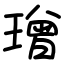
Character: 璔